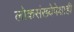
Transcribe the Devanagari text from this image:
लोकसंख्येपेक्षाही